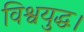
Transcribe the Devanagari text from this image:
विश्वयुद्ध।